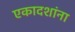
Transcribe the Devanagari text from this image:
एकादशांना